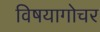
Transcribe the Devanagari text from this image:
विषयागोचर